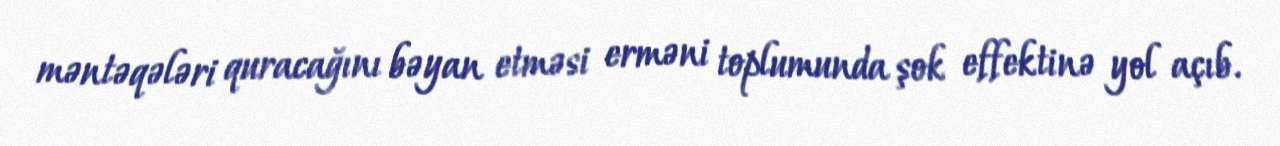
məntəqələri quracağını bəyan etməsi erməni toplumunda şok effektinə yol açıb.